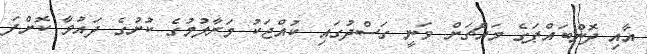
އާއި ދޮންބައްޕަގެ މައްޗަށް ވަނީ ގަސްދުގައި ކުއްޖަކު މަރާލުމުގެ ކުށުގެ ދައުވާ ކޮށްފަ